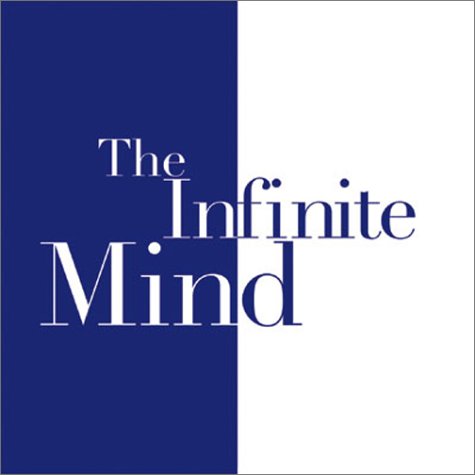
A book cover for Beyond the Baby Blues: Postpartum Depression and Psychosis (The Infinite Mind, Vol. 210); The Infinite Mind; Health, Fitness & Dieting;